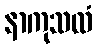
နာကုသလံ